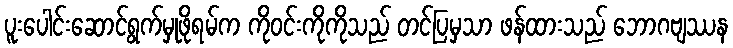
ပူးပေါင်းဆောင်ရွက်မှုဖိုရမ်က ကိုဝင်းကိုကိုသည် တင်ပြမှသာ ဖန်ထားသည် ဘောဂဗျဿန